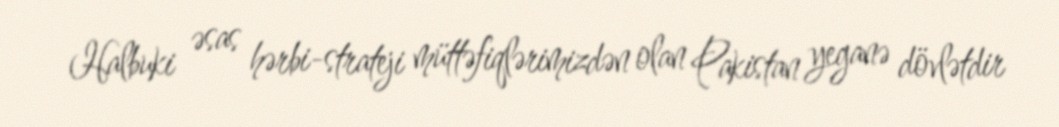
Halbuki əsas hərbi-strateji müttəfiqlərimizdən olan Pakistan yeganə dövlətdir